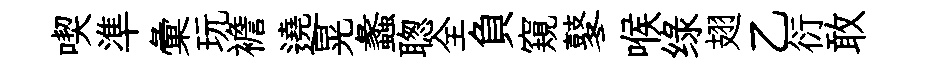
喫準彙玩襜遶晃蠡聦全負窺鼕喉绿翅乙衍敢